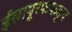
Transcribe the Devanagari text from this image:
ईसापूरफफड़्व